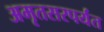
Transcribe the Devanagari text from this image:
अमृतसरपर्यंत